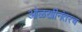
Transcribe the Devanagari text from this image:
ओळखीनंतरच